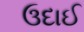
ઉદાઈ